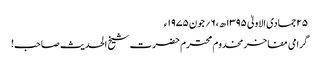
۲۵جمادی الاولیٰ ۱۳۹۵ھ ،۶؍جون ۱۹۷۵ء
گرامی مفاخر مخدوم محترم حضرت شیخ الحدیث صاحب!